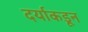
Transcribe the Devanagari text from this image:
दर्याकडून